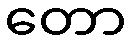
တော